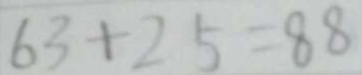
6 3 + 2 5 = 8 8